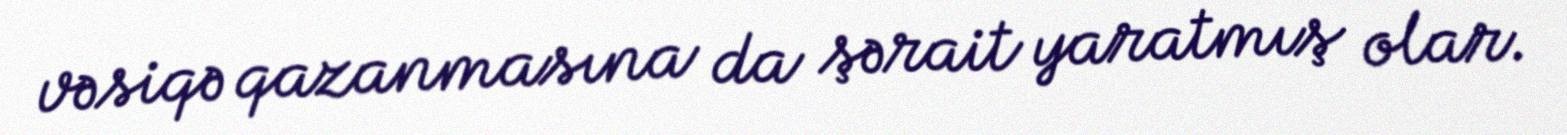
vəsiqə qazanmasına da şərait yaratmış olar.